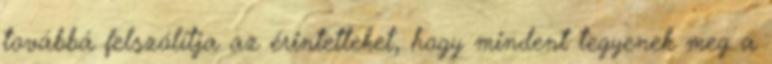
továbbá felszólítja az érintetteket, hogy mindent tegyenek meg a